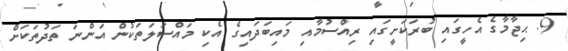
9. ޙިޖާމާގެ އެހީގައި ބުރަކަށީގައި ރިއްސުމާއި މައިބަދައިގެ އެކި މައްސަލަތަކުން އަންނަ ތަދުތަކަށް